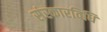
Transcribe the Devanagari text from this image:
संस्कारविधि